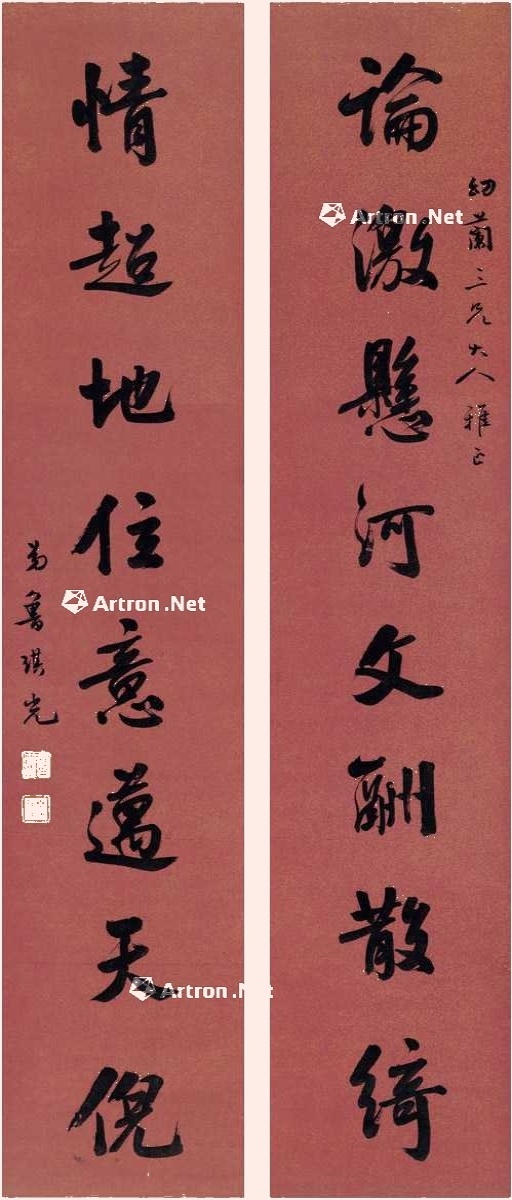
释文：论激悬河文酬散绮，情超地位意迈天倪。幼兰三兄大人雅正，弟鲁琪光。